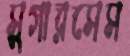
সুগারসেস